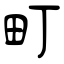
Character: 町